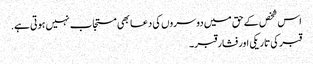
اس شخص کے حق میں دوسروں کی دعا بھی مستجاب نہیں ہوتی ہے.
قبر کی تاریکی اور فشار قبر۔